Leningradi_Edasi_toimetus, lk 22
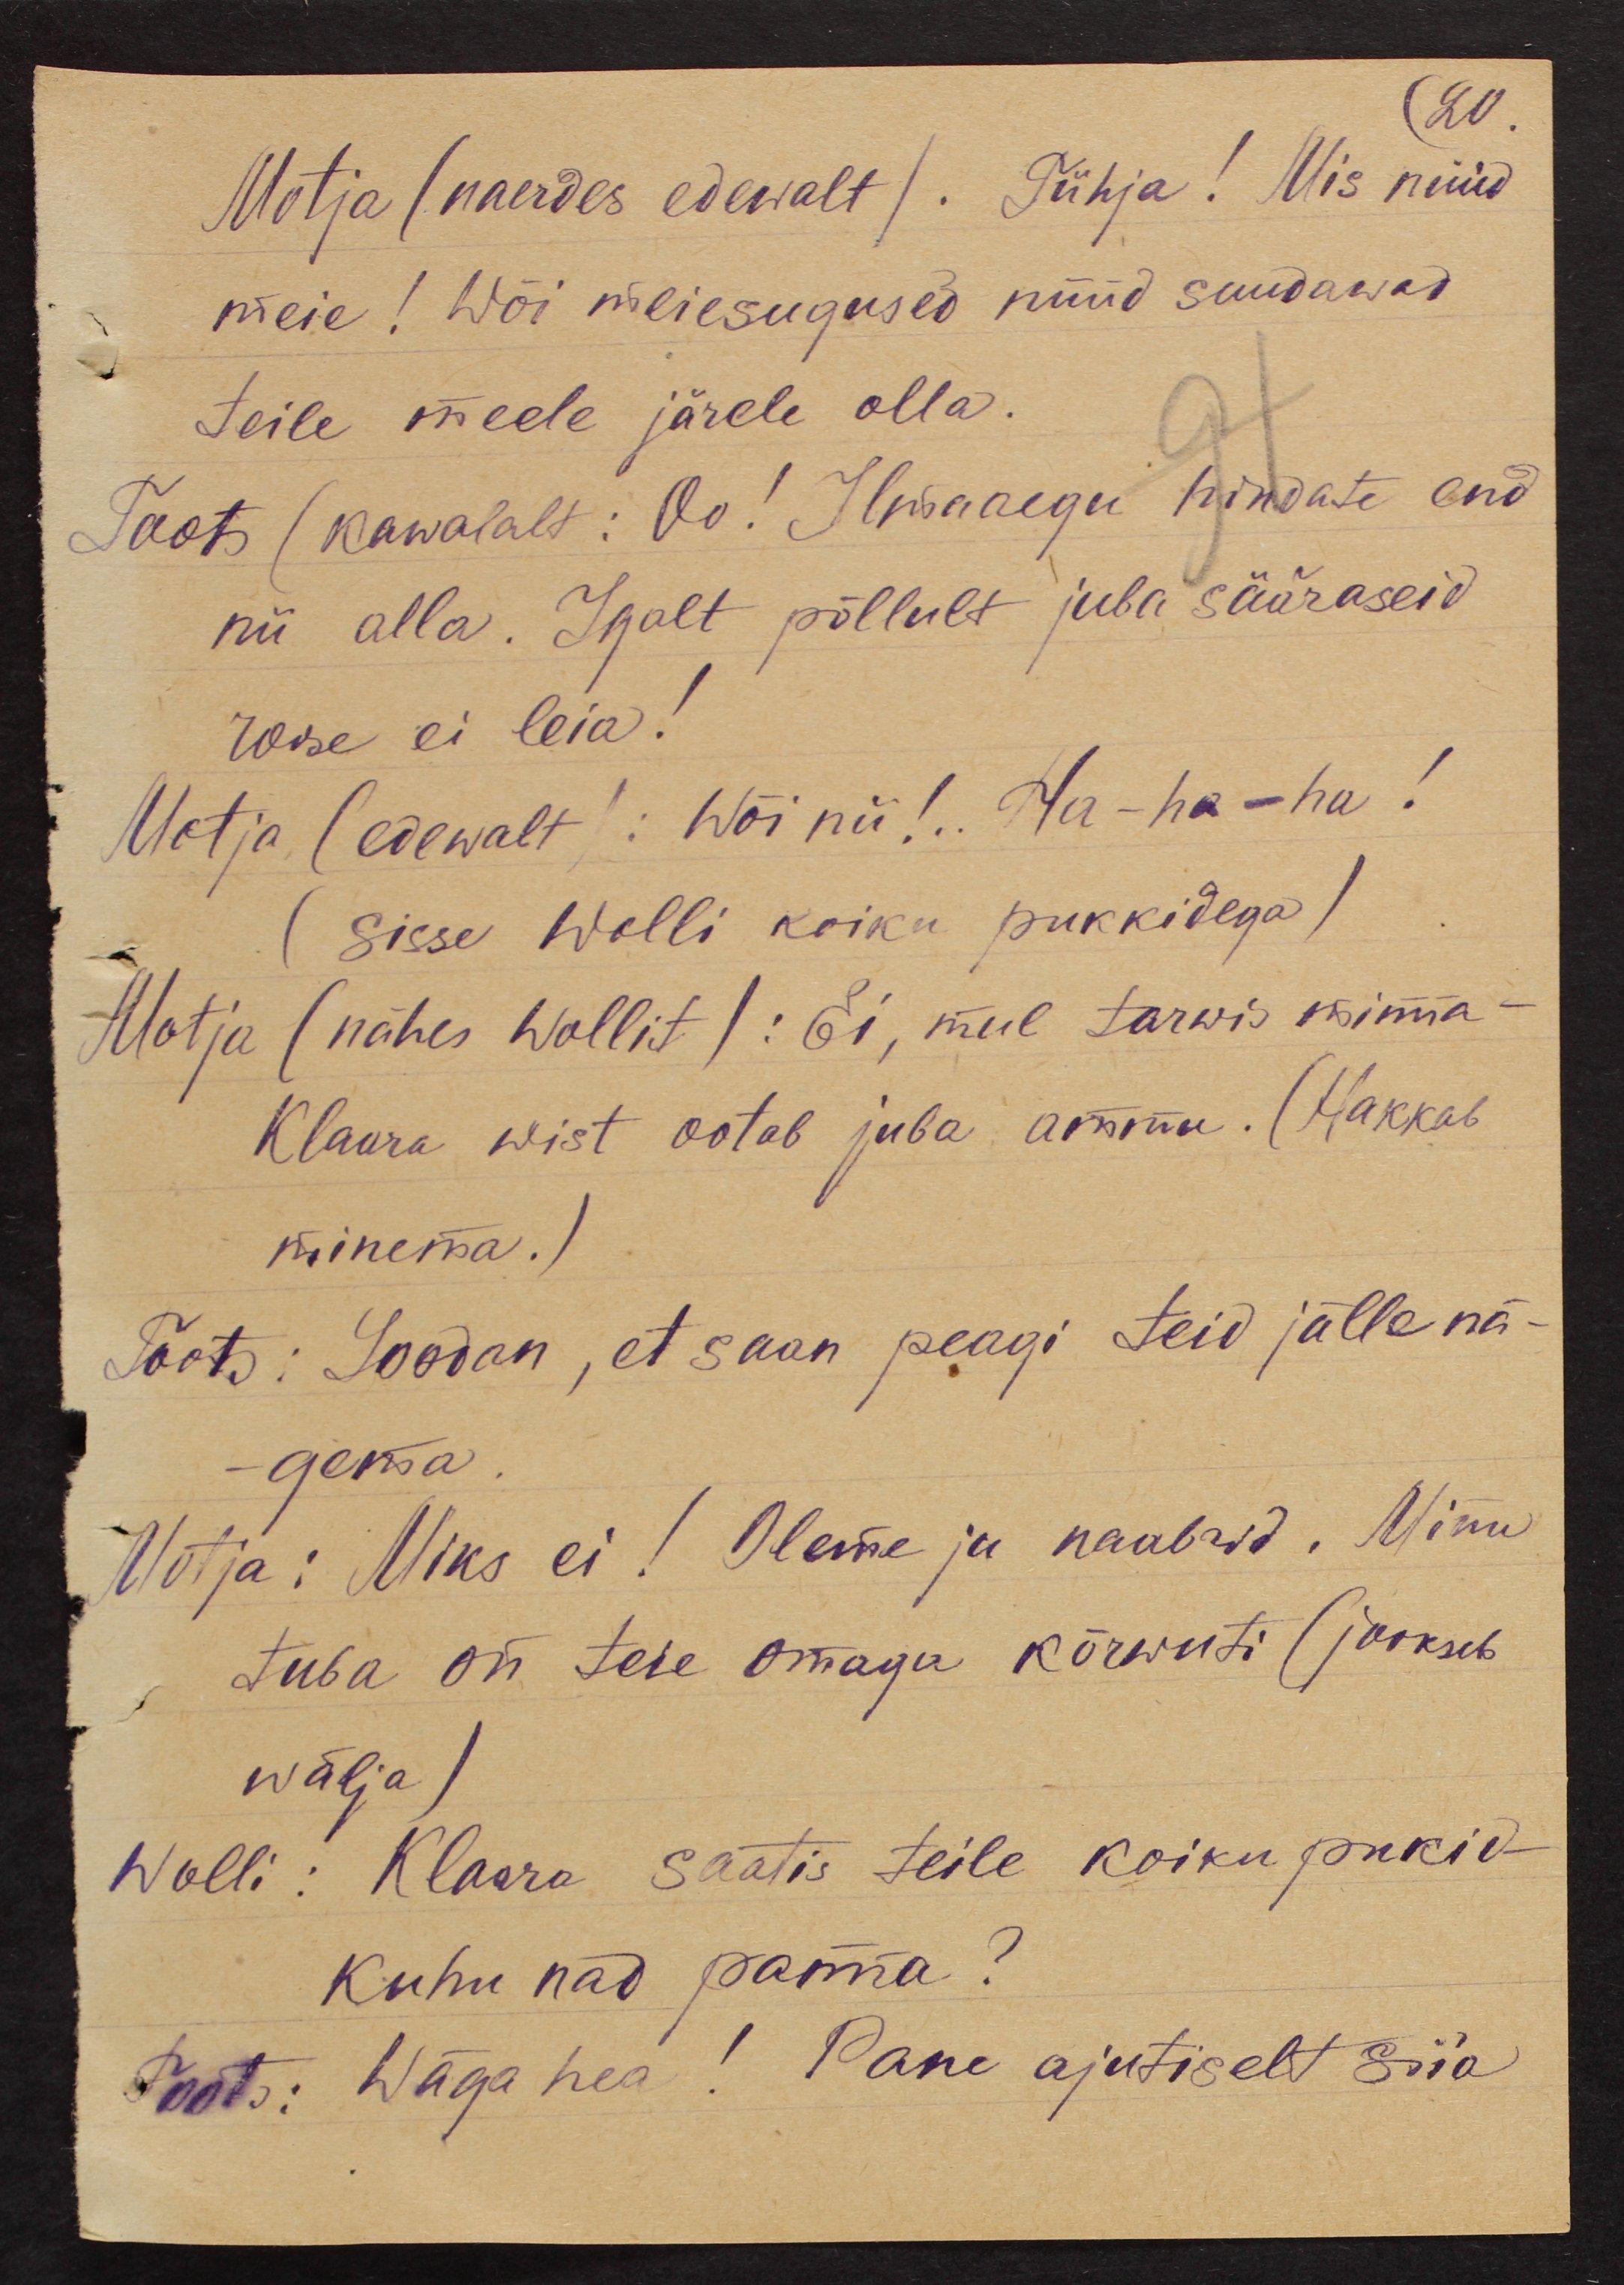
20.
Motja (naerdes edewalt). Tühja! Mis nüüd
meie! Wõi meiesugused nüüd suudawad
teile meele järele olla.
Toots (kawalalt: Oo! Ilmaaegu hindate end
nii alla. Igalt põllult juba sääraseid
roose ei leia!
Motja (edewalt): Wõi nii!.. Ha-ha-ha!
(sisse Wolli koiku pukkidega)
Motja (nähes Wollit) : Ei, mul tarwis minna -
Klaara wist ootab juba ammu. (Hakkab
minema.)
Toots: Loodan, et saan peagi teid jälle nä-
gema
Motja: Miks ei! Oleme ju naabrid. Minu
tuba on teie omaga kõrwuti (jookseb
wälja)
Wolli: Klaara saatis teile koiku pukid-
kuhu nad panna?
Toots: Wäga hea! Pane ajutiselt siia